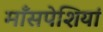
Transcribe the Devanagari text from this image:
माँसपेशियां